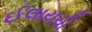
ઈલાયચી